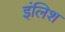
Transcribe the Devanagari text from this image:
इंलिश